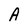
Character: A